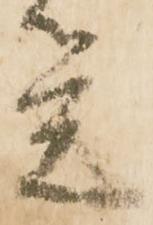
覚